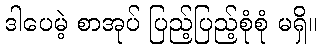
ဒါပေမဲ့ စာအုပ် ပြည့်ပြည့်စုံစုံ မရှိ။